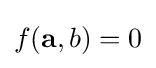
f({\textbf {a}},b)=0